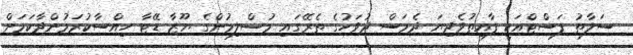
ސަލާތު ފަސްޓްއަކީ ފާއިތުވެދިޔަ ދެމަސް ދުވަހުގެ ތެރޭގައި މުސްލިމުންގެ ޔޫޒާ ޑޭޓާ ހިއްސާކުރަމުންދާކަމަށް